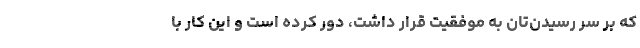
که بر سر رسیدن‌تان به موفقیت قرار داشت، دور کرده است و این کار با